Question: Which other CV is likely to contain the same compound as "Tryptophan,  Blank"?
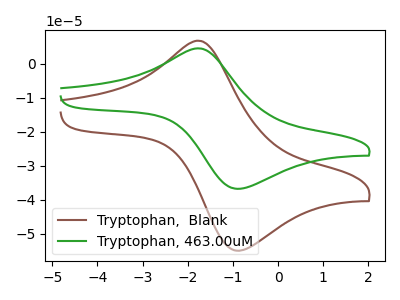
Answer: <think>The brown curve "Tryptophan,  Blank" has an anodic peak at (-1.75V, 6.75uA) and a cathodic peak at (-0.80V, -54.90uA). The green curve "Tryptophan, 463.00uM" has an anodic peak at (-1.75V, 4.55uA) and a cathodic peak at (-0.80V, -36.70uA).
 All the peaks in "Tryptophan,  Blank" have a peak in "Tryptophan, 463.00uM" at the same potential. Every peak in "Tryptophan,  Blank" is higher than every peak in "Tryptophan, 463.00uM".</think>
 <answer>The CV with the most similar shape to "Tryptophan, 463.00uM" is "Tryptophan,  Blank".</answer>
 <eval>"Tryptophan,  Blank"</eval>